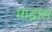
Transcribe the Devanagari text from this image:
माद्रास